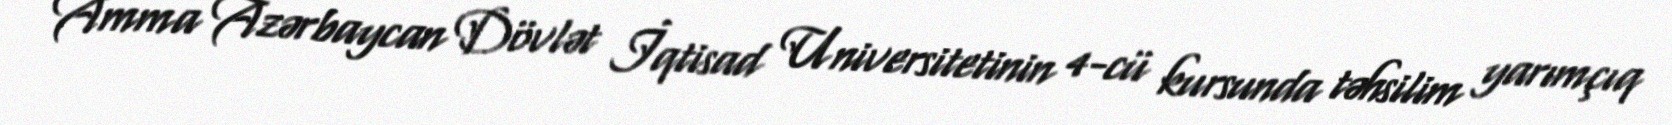
Amma Azərbaycan Dövlət İqtisad Universitetinin 4-cü kursunda təhsilim yarımçıq